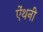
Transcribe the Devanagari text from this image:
ऐंथनी